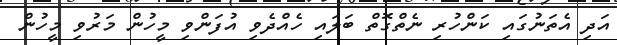
އަދި އެތަނުގައި ކަންހުރި ނެތްގޮތް ބަލައި ހެއްދެވި އުފަންވި މީހުން މަރުވި މީހުން